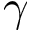
\gamma